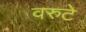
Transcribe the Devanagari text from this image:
वरुटे